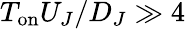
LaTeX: T_{\mathrm{on}}U_{J}/D_{J}\gg 4